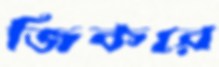
জিকরে